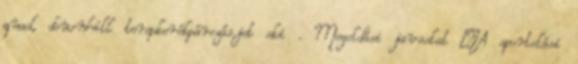
quad, downhill terepkerékpározás,jet ski . Megoldási javaslat ▪A sportolási